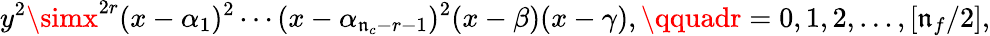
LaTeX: y^{2}\simx^{2r}(x-\alpha_{1})^{2}\cdots(x-\alpha_{\mathfrak{n}_{c}-r-1})^{2}(x-\beta)(x-\gamma),\qquadr=0,1,2,\ldots,[\mathfrak{n}_{f}/2],